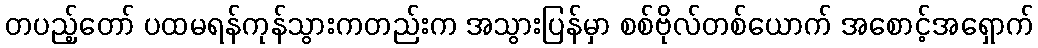
တပည့်တော် ပထမရန်ကုန်သွားကတည်းက အသွားပြန်မှာ စစ်ဗိုလ်တစ်ယောက် အစောင့်အရှောက်